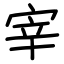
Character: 宰